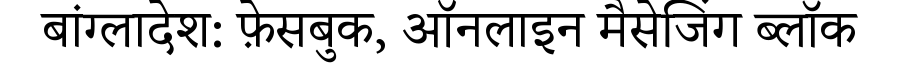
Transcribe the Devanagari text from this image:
बांग्लादेश: फ़ेसबुक, ऑनलाइन मैसेजिंग ब्लॉक